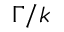
\ensuremath { \Gamma } / \ensuremath { k }